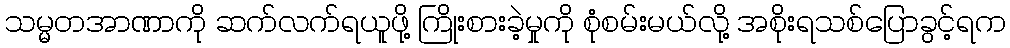
သမ္မတအာဏာကို ဆက်လက်ရယူဖို့ ကြိုးစားခဲ့မှုကို စုံစမ်းမယ်လို့ အစိုးရသစ်ပြောခွင့်ရက